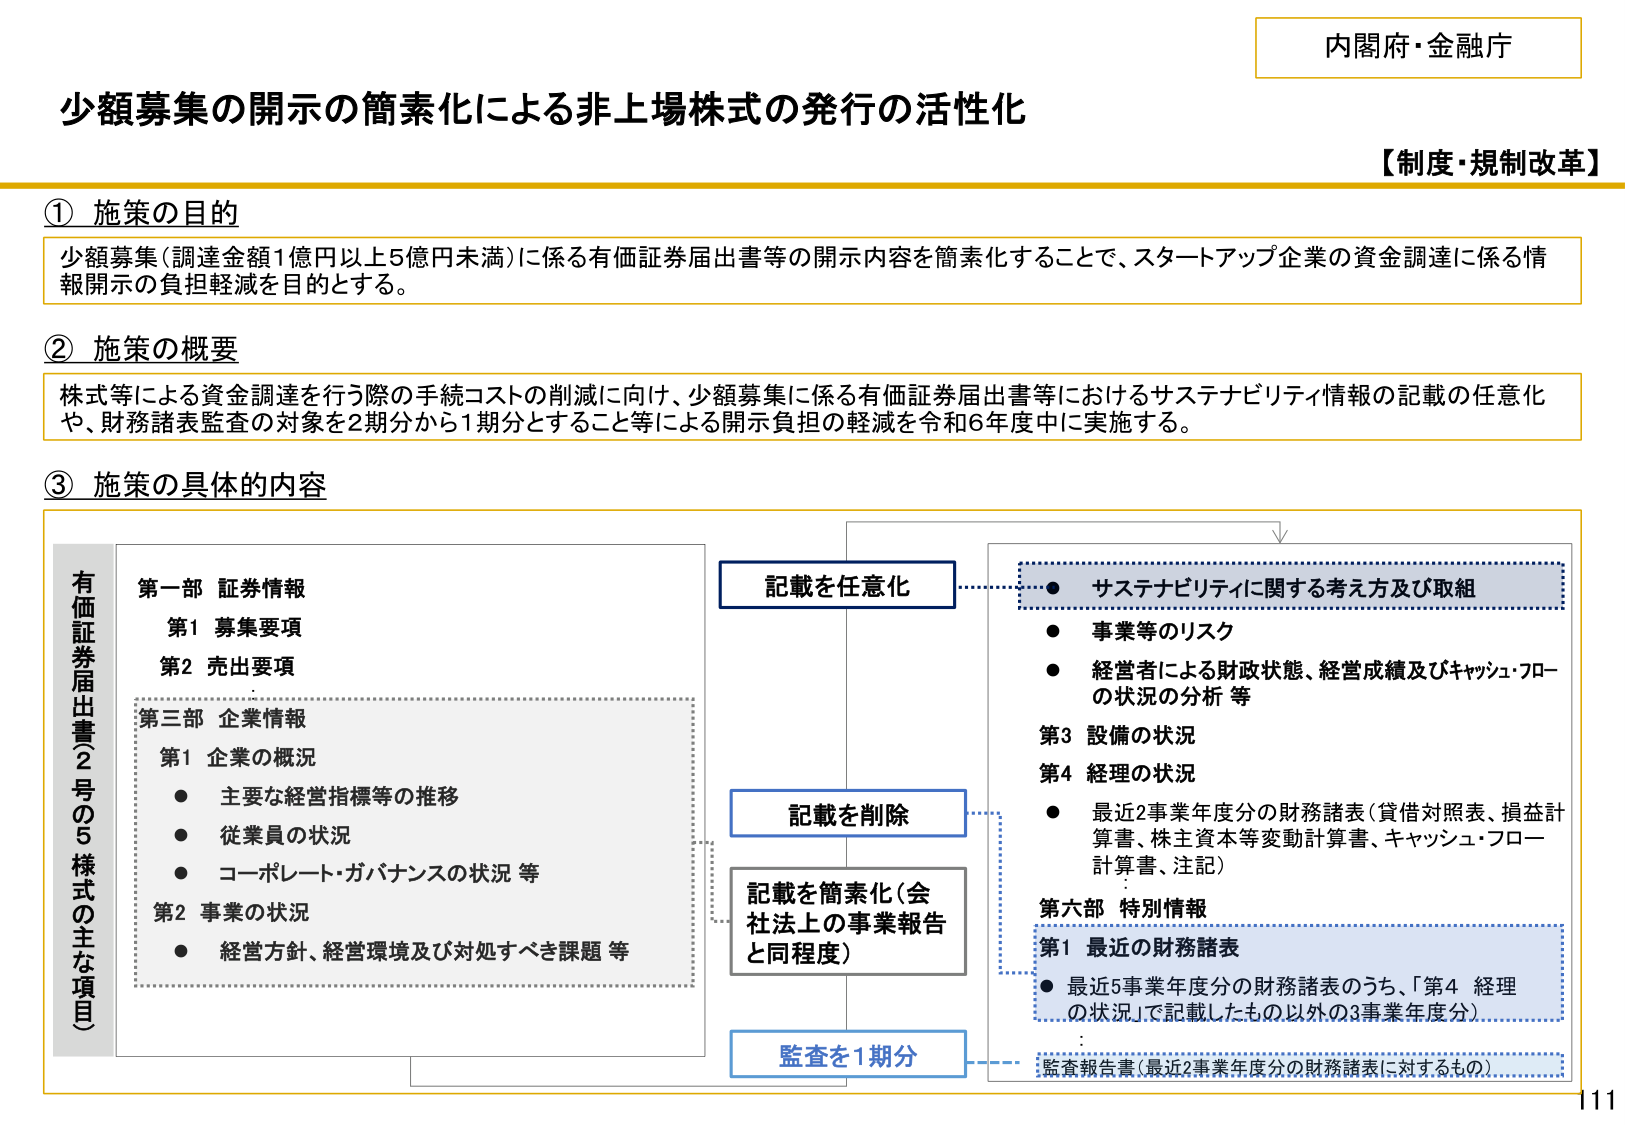
内閣府・金融庁
少額募集の開示の簡素化による非上場株式の発行の活性化
【制度・規制改革】

① 施策の目的
少額募集（調達金額1億円以上5億円未満）に係る有価証券届出書等の開示内容を簡素化することで、スタートアップ企業の資金調達に係る情報開示の負担軽減を目的とする。

② 施策の概要
株式等による資金調達を行う際の手続コストの削減に向け、少額募集に係る有価証券届出書等におけるサステナビリティ情報の記載の任意化や、財務諸表監査の対象を2期分から1期分とすること等による開示負担の軽減を令和6年度中に実施する。

③ 施策の具体的な内容

有価証券届出書（2号の5様式）の主な項目
第一部 証券情報
　第1 募集要項
　第2 売出要項
第三部 企業情報
　第1 企業の概況
　　● 主要な経営指標等の推移
　　● 従業員の状況
　　● コーポレート・ガバナンスの状況 等
　第2 事業の状況
　　● 経営方針、経営環境及び対処すべき課題 等

記載を任意化
　● サステナビリティに関する考え方及び取組
　　● 事業等のリスク
　　● 経営者による財政状態、経営成績及びキャッシュ・フローの状況の分析 等

記載を削除
　第3 設備の状況
　第4 経理の状況
　　● 最近2事業年度分の財務諸表（貸借対照表、損益計算書、株主資本等変動計算書、キャッシュ・フロー計算書、注記）

記載を簡素化（会社法上の事業報告と同程度）
　第六部 特別情報
　　第1 最近の財務諸表
　　　● 最近5事業年度分の財務諸表のうち、「第4 経理の状況」で記載したもの以外の3事業年度分）

監査を1期分
　監査報告書（最近2事業年度分の財務諸表に対するもの）

11